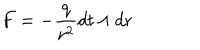
LaTeX: F = - \frac { q } { r ^ { 2 } } d t \wedge d r